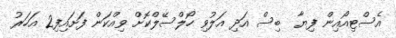
އެސްޓިއޯއިން ފިޔާ  ބިސް އަދި އަލުވި ހޯލްސޭލްކޮށް ވިއްކަން ފަށައިފި2 އަހަރު